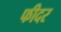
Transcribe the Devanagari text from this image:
फीदर